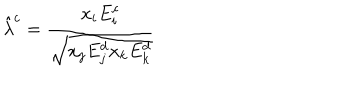
LaTeX: \hat { \lambda } ^ { c } = \frac { x _ { i } E _ { i } ^ { c } } { \sqrt { x _ { j } E _ { j } ^ { d } x _ { k } E _ { k } ^ { d } } }